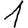
Digit: 1